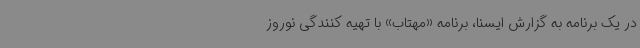
در یک برنامه به گزارش ایسنا، برنامه «مهتاب» با تهیه کنندگی نوروز